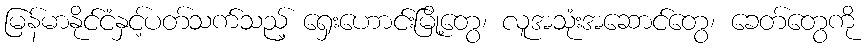
မြန်မာနိုင်ငံနှင့်ပတ်သက်သည့် ရှေးဟောင်းမြို့တွေ၊ လူအသုံးအဆောင်တွေ၊ ခေတ်တွေကို